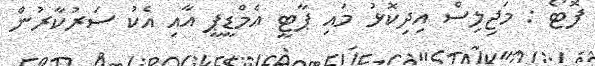
ފޮޓޯ : މަޖިލިސް އިދިކޮޅު މައި ޕާޓީ އެމްޑީޕީ އާއި އެކު ސަރުކާރުން